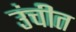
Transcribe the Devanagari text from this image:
उंचीत